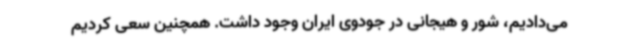
می‌دادیم، شور و هیجانی در جودوی ایران وجود داشت. همچنین سعی کردیم